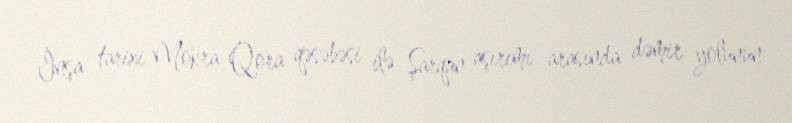
İnşa tarixi Mokra Qora qəsəbəsi ilə Şarqan aşırımı arasında dəmir yolunun